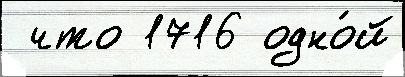
 что 1716 одно́й